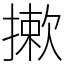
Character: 摗